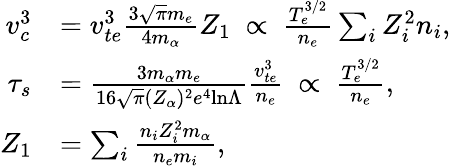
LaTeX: \begin{array}{rl}{v_{c}^{3}}&{=v_{te}^{3}\frac{3\sqrt{\pi}m_{e}}{4m_{\alpha}}Z_{1}~\propto~\frac{T_{e}^{3/2}}{n_{e}}\sum_{i}Z_{i}^{2}n_{i},}\\ {\tau_{s}}&{=\frac{3m_{\alpha}m_{e}}{16\sqrt{\pi}(Z_{\alpha})^{2}e^{4}\mathrm{ln}\Lambda}\frac{v_{te}^{3}}{n_{e}}~\propto~\frac{T_{e}^{3/2}}{n_{e}},}\\ {Z_{1}}&{=\sum_{i}\frac{n_{i}Z_{i}^{2}m_{\alpha}}{n_{e}m_{i}},}\end{array}